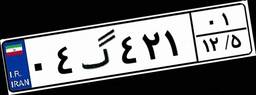
۰۴گ۴۲۱۰۱